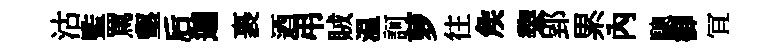
沽監罵壑后迦裹迺弔賊温訶萝往矦棃郢累內驄御冝